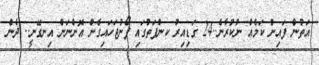
އަތުންް ފައިން ކަމެއް ނުކުރާނެ..24 ގަޑިއިރު ކންފަތުގައި ފޯނުޖަހައިގެން އޮންނަން އިނގޭނީ.. ދެން